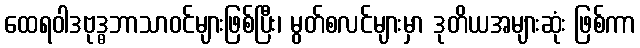
ထေရဝါဒဗုဒ္ဓဘာသာဝင်များဖြစ်ပြီး၊ မွတ်စလင်များမှာ ဒုတိယအများဆုံး ဖြစ်ကာ